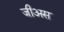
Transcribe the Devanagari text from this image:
जीअस